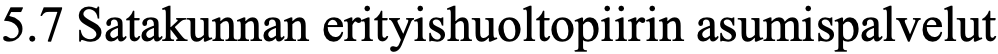
5.7 Satakunnan erityishuoltopiirin asumispalvelut